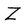
Character: Z